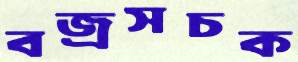
বজ্রসচক